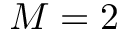
M = 2